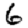
Digit: 6